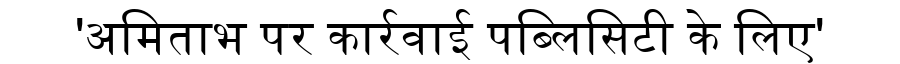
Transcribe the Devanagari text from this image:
'अमिताभ पर कार्रवाई पब्लिसिटी के लिए'